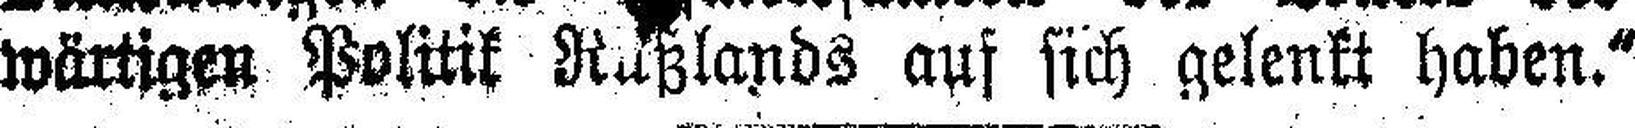
wärtigen Politik Rußlands auf sich gelenkt haben.“